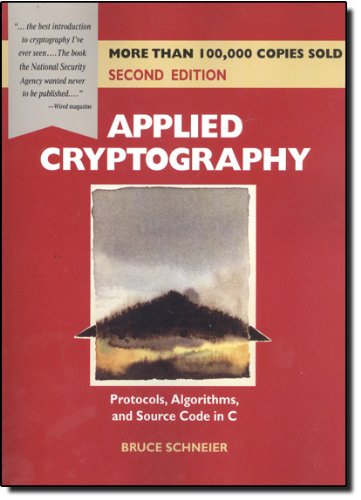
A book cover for Applied Cryptography: Protocols, Algorithms, and Source Code in C; Bruce Schneier; Computers & Technology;